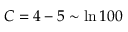
C = 4 - 5 \sim \ln 1 0 0